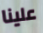
علينا